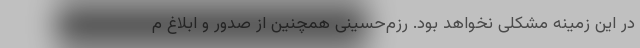
در این زمینه مشکلی نخواهد بود. رزم‌حسینی همچنین از صدور و ابلاغ م